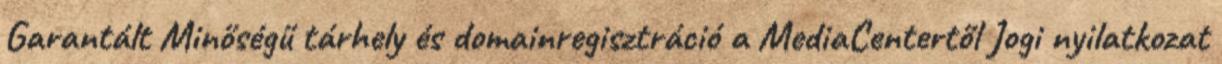
Garantált Minőségű tárhely és domainregisztráció a MediaCentertől Jogi nyilatkozat